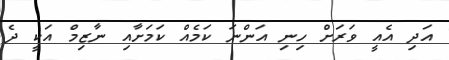
އަދި އެއީ ވަރަށް ހިނި އަންނަ ކަމެއް ކަމަށާއި ނާޒިމް އަކީ ދެ